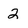
Character: 2